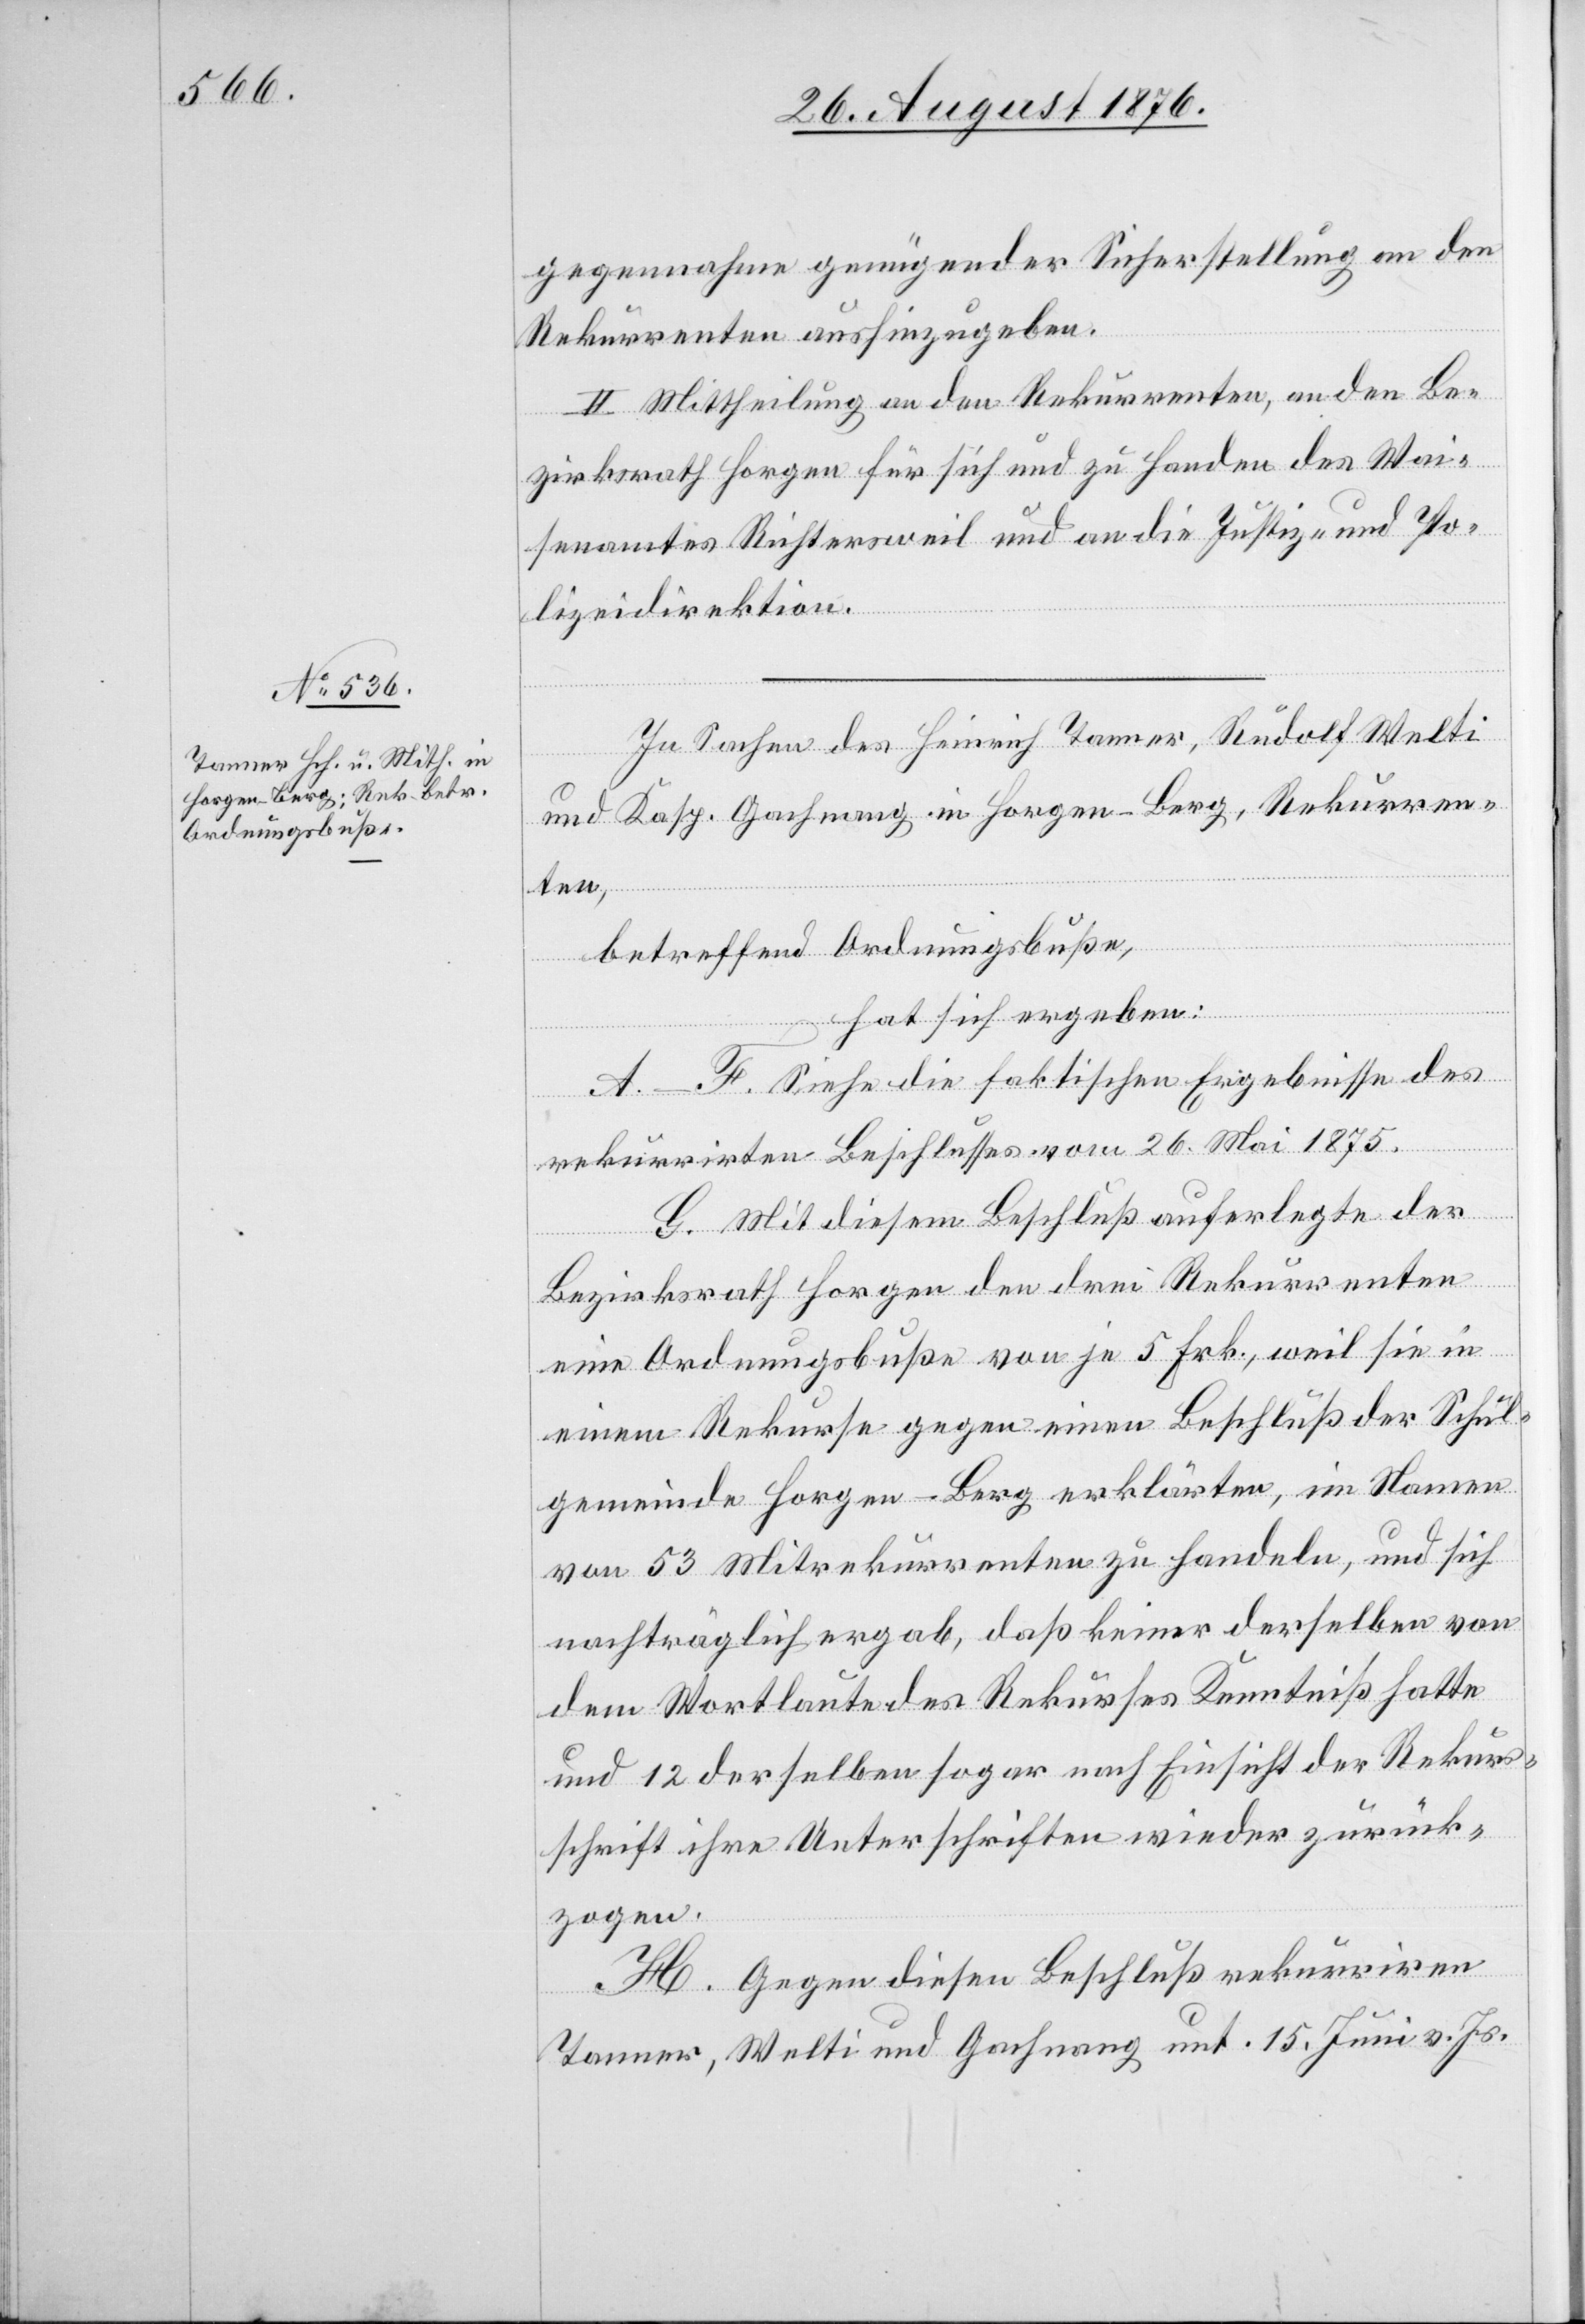
gegennahme genügender Sicherstellung an den
Rekurrenten aushinzugeben.
II. Mittheilung an den Rekurrenten, an den Be¬
zirksrath Horgen für sich und zu Handen des Wai¬
senamtes Richtersweil und an die Justiz- und Po¬
lizeidirektion.
In Sachen des Heinrich Tanner, Rudolf Welti
und Kasp. Gachnang in Horgen - Berg, Rekurren¬
ten,
betreffend Ordnungsbuße,
hat sich ergeben:
A.–F. Siehe die faktischen Ergebnisse des
rekurrirten Beschlusses vom 26. Mai 1875.
G. Mit diesem Beschluß auferlegte der
Bezirksrath Horgen den drei Rekurrenten
eine Ordnungsbuße von je 5 Frk., weil sie in
einem Rekurse gegen einen Beschluß der Schul¬
gemeinde Horgen - Berg erklärten, im Namen
von 53 Mitrekurrenten zu handeln, und sich
nachträglich ergab, daß keiner derselben von
dem Wortlaute des Rekurses Kenntniß hatte
und 12 derselben sogar nach Einsicht der Rekurs¬
schrift ihre Unterschriften wieder zurück¬
zogen.
H. Gegen diesen Beschluß rekurriren
Tanner, Welti und Gachnang unt. 15. Juni vor. Js.